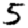
Digit: 5